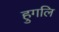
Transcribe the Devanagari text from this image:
हुगलि